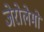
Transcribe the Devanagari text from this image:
जेरोलेमो